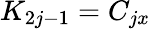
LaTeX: K_{2j-1}=C_{jx}